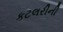
કટલરીની